画像に写った文字を読んでください
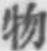
「物」と書いてあります